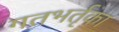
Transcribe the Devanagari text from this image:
गतभर्तृका